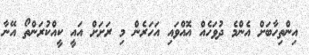
އިންތިހާބަށް އެންމެ ދުވަހެއް އޮއްވައި އަހަރެން މި ރަށަށް އައީ ކީއްކުރަންތޯ އޭނާ